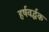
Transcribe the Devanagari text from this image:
हर्षवर्द्धक